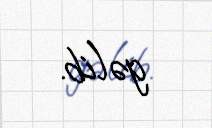
gəlib.